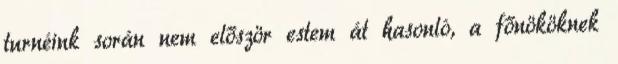
turnéink során nem először estem át hasonló, a főnököknek